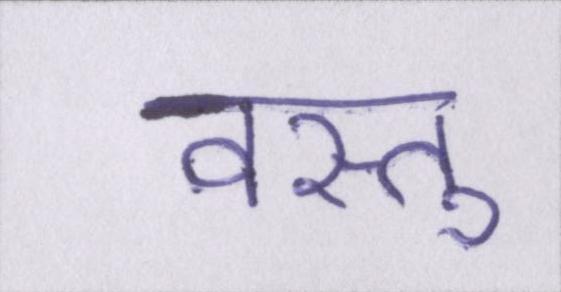
वस्तु